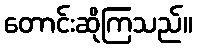
တောင်းဆိုကြသည်။